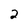
Character: 2